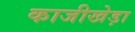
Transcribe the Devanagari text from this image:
काजीखेड़ा